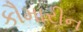
કૌમારીન